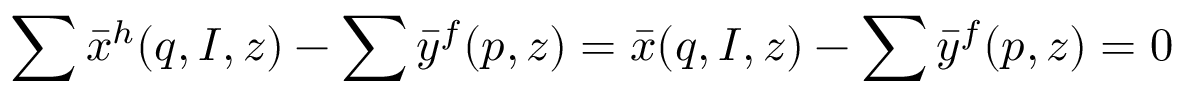
\sum { \bar { x } } ^ { h } ( q , I , z ) - \sum { \bar { y } } ^ { f } ( p , z ) = { \bar { x } } ( q , I , z ) - \sum { \bar { y } } ^ { f } ( p , z ) = 0